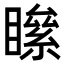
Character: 𥊻